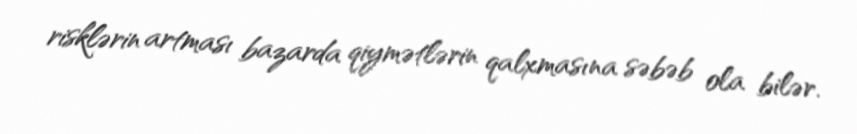
risklərin artması bazarda qiymətlərin qalxmasına səbəb ola bilər.